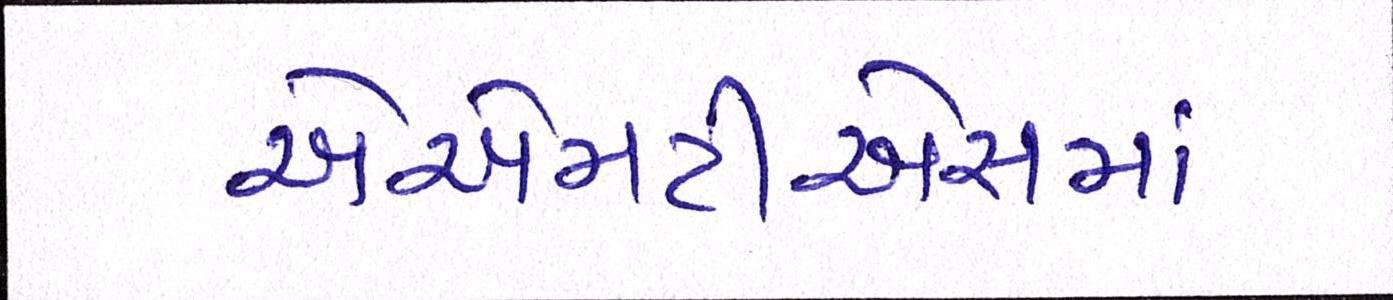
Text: એએમટીએસમાં